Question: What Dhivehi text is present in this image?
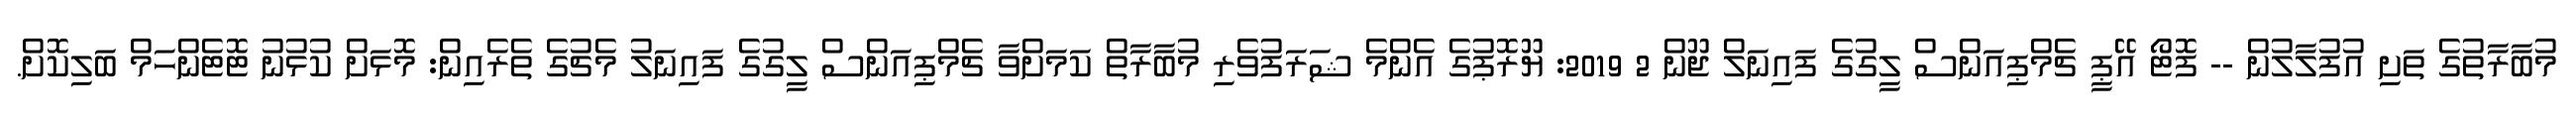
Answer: މުބާރާތުގެ ތަށި އުފުލާލުން -- ފޮޓޯ އޭޕީ ޗެމްޕިއަންސް ލީގުގެ ފައިނަލް ޖޫން 2 2019: ޔޫރޮޕުގެ އެންމެ ޝަރަފުވެރި މުބާރާތް ކަމަށްވާ ޗެމްޕިއަންސް ލީގުގެ ފައިނަލު މެޗުގެ ތެރެއިން: މޮޅަށް ކުޅުނު ޓޮޓެންހަމް ބަލިކޮށް.